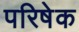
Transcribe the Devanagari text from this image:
परिषेक